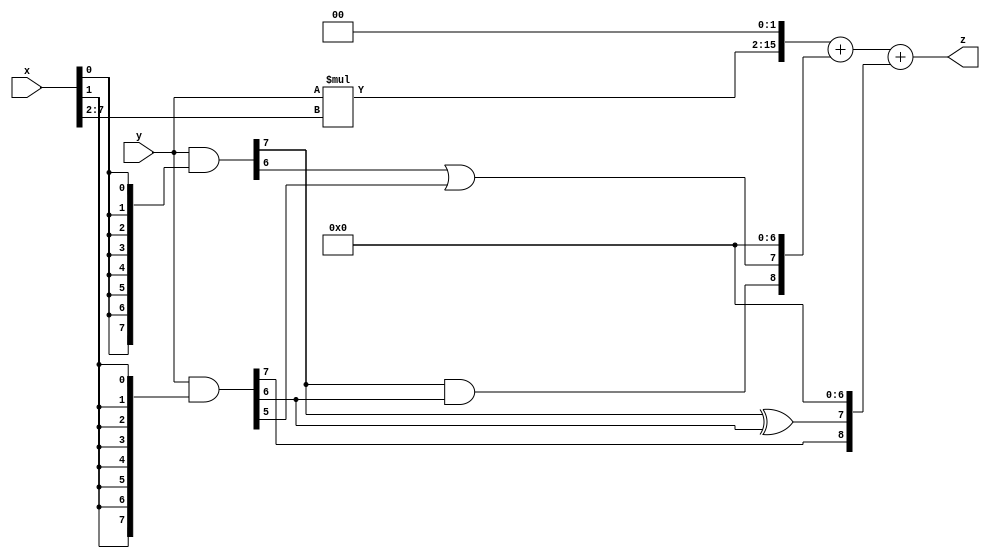
// terms: 4
// fval:  17427.25

module unsigned_exchange_8x8_l2_lamb4000_4 (
	input [7:0] x,
	input [7:0] y,
	output [15:0] z
);

wire [7:0] part1 =  y & {8{x[0]}};
wire [7:0] part2 =  y & {8{x[1]}};
wire [7:0] part3 =  y & {8{x[2]}};
wire [7:0] part4 =  y & {8{x[3]}};
wire [7:0] part5 =  y & {8{x[4]}};
wire [7:0] part6 =  y & {8{x[5]}};
wire [7:0] part7 =  y & {8{x[6]}};
wire [7:0] part8 =  y & {8{x[7]}};

wire [8:0] new_part1;
assign new_part1[0] = 0;
assign new_part1[1] = 0;
assign new_part1[2] = 0;
assign new_part1[3] = 0;
assign new_part1[4] = 0;
assign new_part1[5] = 0;
assign new_part1[6] = 0;
assign new_part1[7] = part1[6] | part2[5];
assign new_part1[8] = part1[7] & part2[6];

wire [8:0] new_part2;
assign new_part2[0] = 0;
assign new_part2[1] = 0;
assign new_part2[2] = 0;
assign new_part2[3] = 0;
assign new_part2[4] = 0;
assign new_part2[5] = 0;
assign new_part2[6] = 0;
assign new_part2[7] = part1[7] ^ part2[6];
assign new_part2[8] = part2[7];

wire [13:0] tmp_z = y*x[7:2];

assign z = {tmp_z, 2'd 0} + new_part1 + new_part2;

endmodule